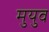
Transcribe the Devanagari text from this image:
मुयुव